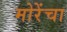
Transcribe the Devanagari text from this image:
मोरेंचा